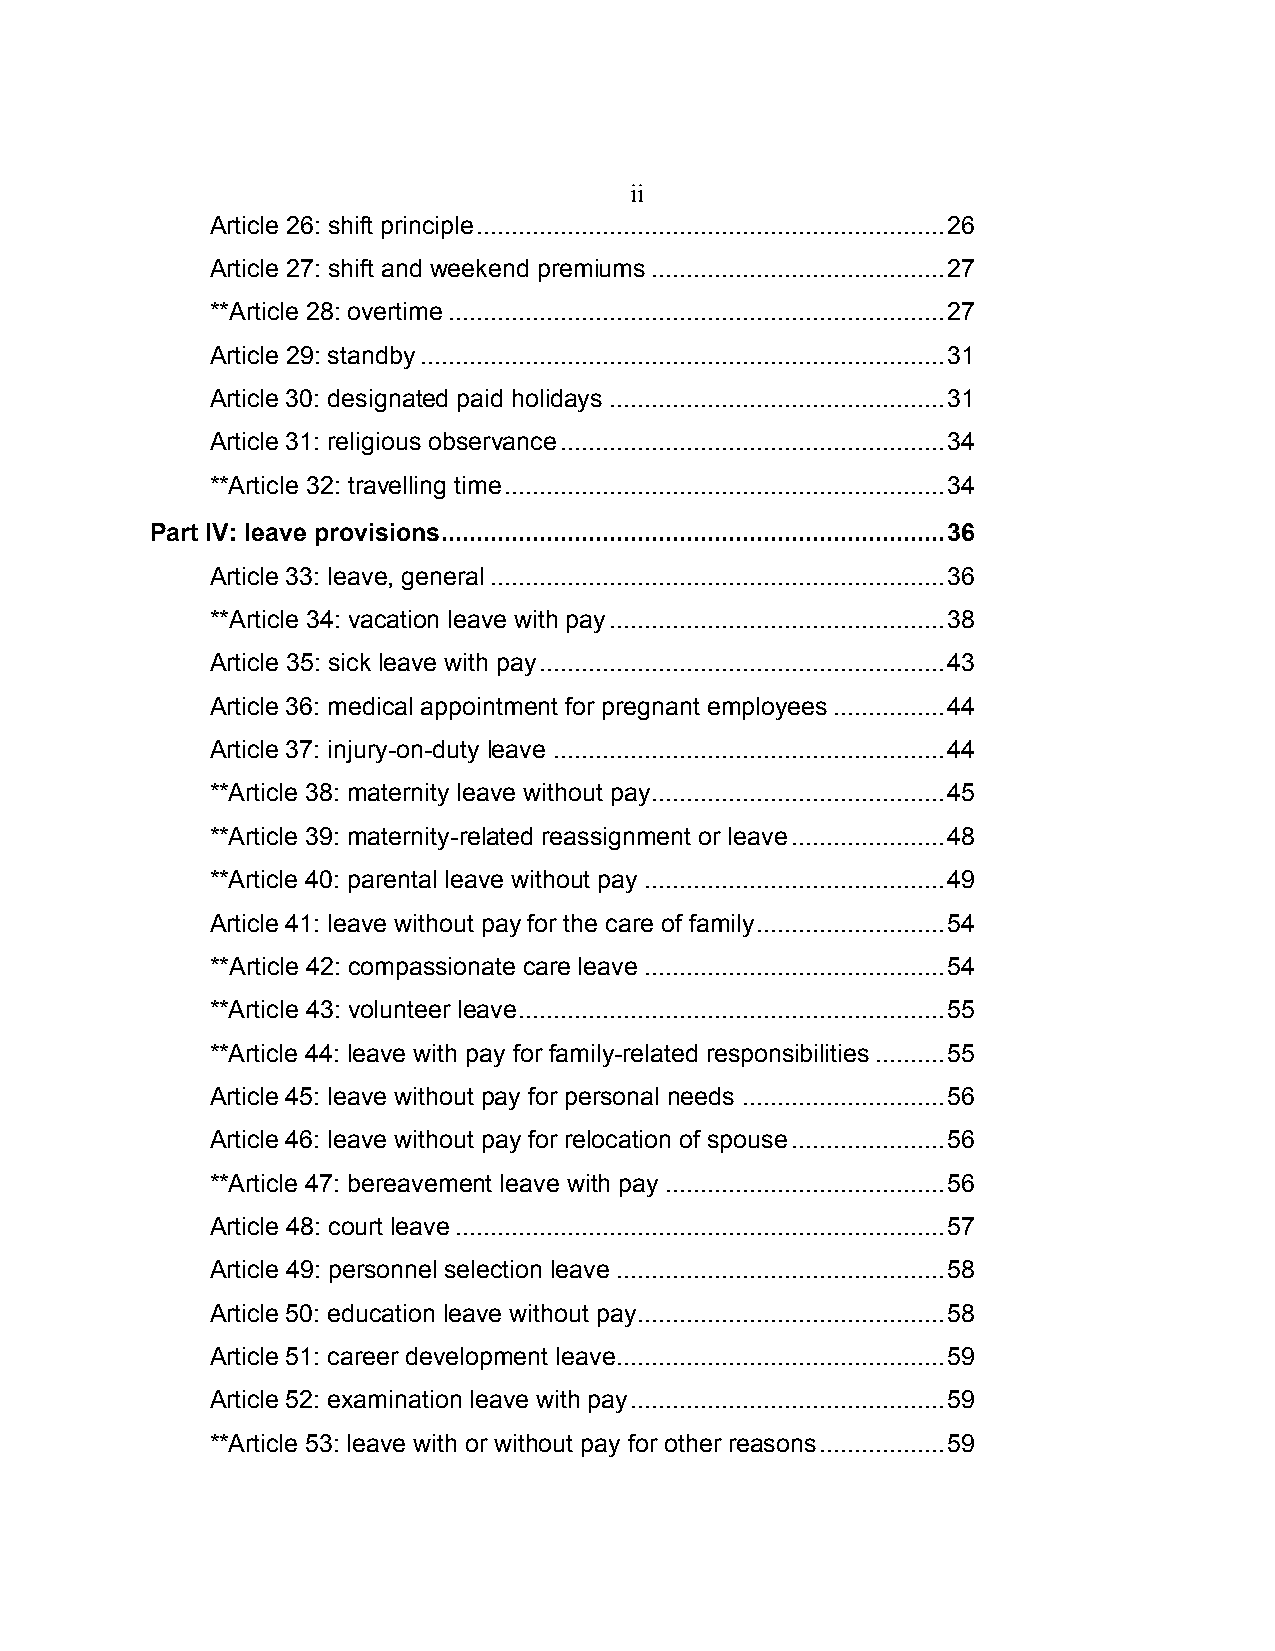
ii
 Article 26: shift principle ................................................................... 26
 Article 27: shift and weekend premiums .......................................... 27
 **Article 28: overtime ....................................................................... 27
 Article 29: standby ........................................................................... 31
 Article 30: designated paid holidays ................................................ 31
 Article 31: religious observance ....................................................... 34
 **Article 32: travelling time ............................................................... 34
 Part IV: leave provisions ........................................................................ 36
 Article 33: leave, general ................................................................. 36
 **Article 34: vacation leave with pay ................................................ 38
 Article 35: sick leave with pay .......................................................... 43
 Article 36: medical appointment for pregnant employees ................ 44
 Article 37: injury-on-duty leave ........................................................ 44
 **Article 38: maternity leave without pay .......................................... 45
 **Article 39: maternity-related reassignment or leave ...................... 48
 **Article 40: parental leave without pay ........................................... 49
 Article 41: leave without pay for the care of family ........................... 54
 **Article 42: compassionate care leave ........................................... 54
 **Article 43: volunteer leave ............................................................. 55
 **Article 44: leave with pay for family-related responsibilities .......... 55
 Article 45: leave without pay for personal needs ............................. 56
 Article 46: leave without pay for relocation of spouse ...................... 56
 **Article 47: bereavement leave with pay ........................................ 56
 Article 48: court leave ...................................................................... 57
 Article 49: personnel selection leave ............................................... 58
 Article 50: education leave without pay ............................................ 58
 Article 51: career development leave ............................................... 59
 Article 52: examination leave with pay ............................................. 59
 **Article 53: leave with or without pay for other reasons .................. 59